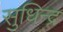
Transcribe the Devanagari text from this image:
सुधिन्द्र